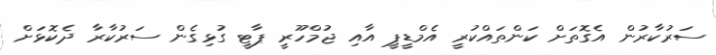
ސަރުކާރުން އެގޮތަށް ކަންތައްކުރީ އެމްޑީޕީ އާއި ޖުމްހޫރީ ޕާޓީ ގުޅިގެން ސަރުކާރާ ދެކޮޅަށް